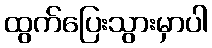
ထွက်ပြေးသွားမှာပါ